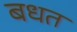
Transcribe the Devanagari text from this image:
बधत